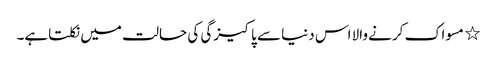
٭ مسواک کرنے والا اس دنیا سے پاکیزگی کی حالت میں نکلتاہے۔